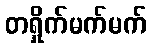
တရှိုက်မက်မက်